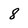
Character: 8